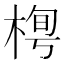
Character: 𣓓